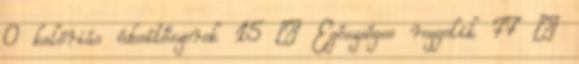
0 kalóriás édesítőszerek 15 › Egészséges reggelik 77 ›